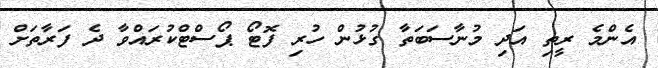
އެންމެ ރީތި އަދި މުނާސަބަތާ ގުޅުން ހުރި ފޮޓޯ ޕޯސްޓްކުރައްވާ ދެ ފަރާތަށް